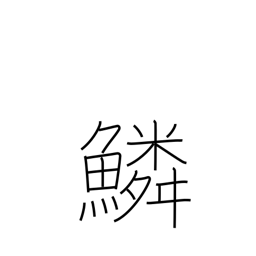
Meaning: scales (fish)